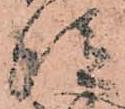
従